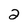
Character: 2